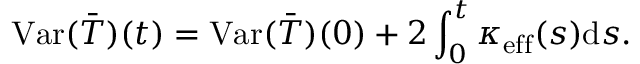
\mathrm { V a r } ( \bar { T } ) ( t ) = \mathrm { V a r } ( \bar { T } ) ( 0 ) + 2 \int _ { 0 } ^ { t } \kappa _ { \mathrm { e f f } } ( s ) \mathrm { d } s .